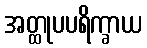
အတ္ထုပပရိက္ခာယ